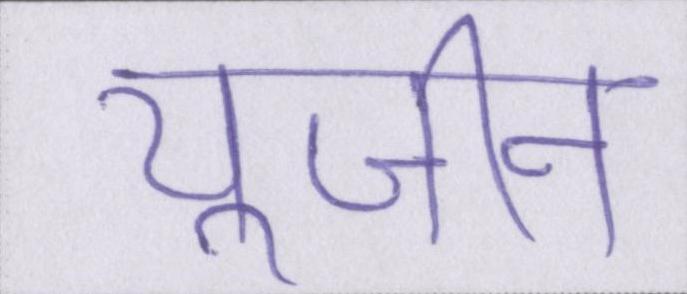
यूजीन